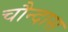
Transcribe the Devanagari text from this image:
चौन्दास